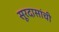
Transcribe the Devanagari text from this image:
सूरदासांची